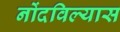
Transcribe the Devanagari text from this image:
नोंदविल्यास